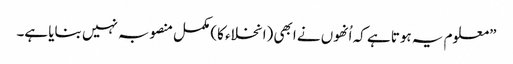
”معلوم یہ ہوتا ہے کہ اُنھوں نے ابھی (انخلاء کا) مکمل منصوبہ نہیں بنایا ہے۔